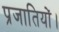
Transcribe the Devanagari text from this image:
प्रजातियों।